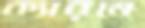
ক্যারমে